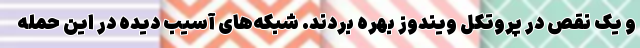
و یک نقص در پروتکل ویندوز بهره بردند. شبکه‌های آسیب دیده در این حمله